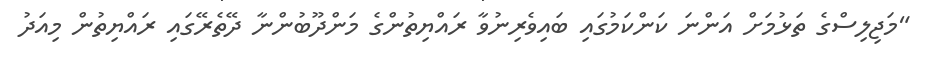
"މަޖިލިސްގެ ތަޅުމަށް އަންނަ ކަންކަމުގައި ބައިވެރިނުވާ ރައްޔިތުންގެ މަންދޫބުންނާ ދޭތެރޭގައި ރައްޔިތުން މިއަދު